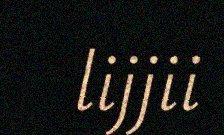
lijjii